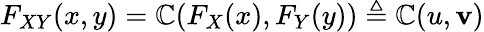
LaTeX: F_{XY}(x,y)=\mathbb{C}(F_{X}(x),F_{Y}(y))\triangleq\mathbb{C}(u,\mathbf{v})